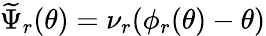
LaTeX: \widetilde{\Psi}_{r}(\theta)=\nu_{r}(\phi_{r}(\theta)-\theta)